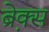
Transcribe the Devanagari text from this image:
ब्रे़क्स